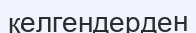
келгендерден